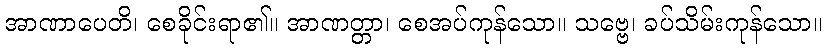
အာဏာပေတိ၊ စေခိုင်းရာ၏။ အာဏတ္တာ၊ စေအပ်ကုန်သော။ သဗ္ဗေ၊ ခပ်သိမ်းကုန်သော။